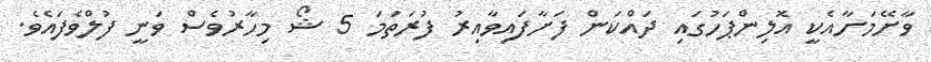
ވާށޭމަށާއެކީ އޮލިންޕަހުގައި ދައްކަން ފަށާފައިވާއިރު ފުރަތަމަ 5 ޝޯ މިހާރުވެސް ވަނީ ފުލްވެފައެވެ.